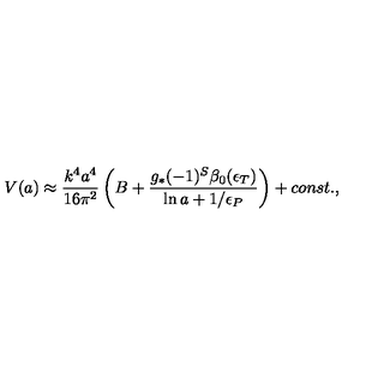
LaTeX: { V } ( a ) \approx { \frac { k ^ { 4 } a ^ { 4 } } { 1 6 \pi ^ { 2 } } } \left( B + { \frac { g _ { * } ( - 1 ) ^ { S } \beta _ { 0 } ( \epsilon _ { T } ) } { \ln a + { 1 / \epsilon _ { P } } } } \right) + c o n s t . ,